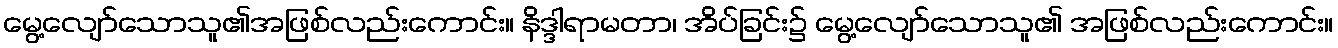
မွေ့လျော်သောသူ၏အဖြစ်လည်းကောင်း။ နိဒ္ဒါရာမတာ၊ အိပ်ခြင်း၌ မွေ့လျော်သောသူ၏ အဖြစ်လည်းကောင်း။